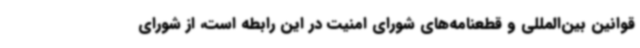
قوانین بین‌المللی و قطعنامه‌های شورای امنیت در این رابطه است، از شورای